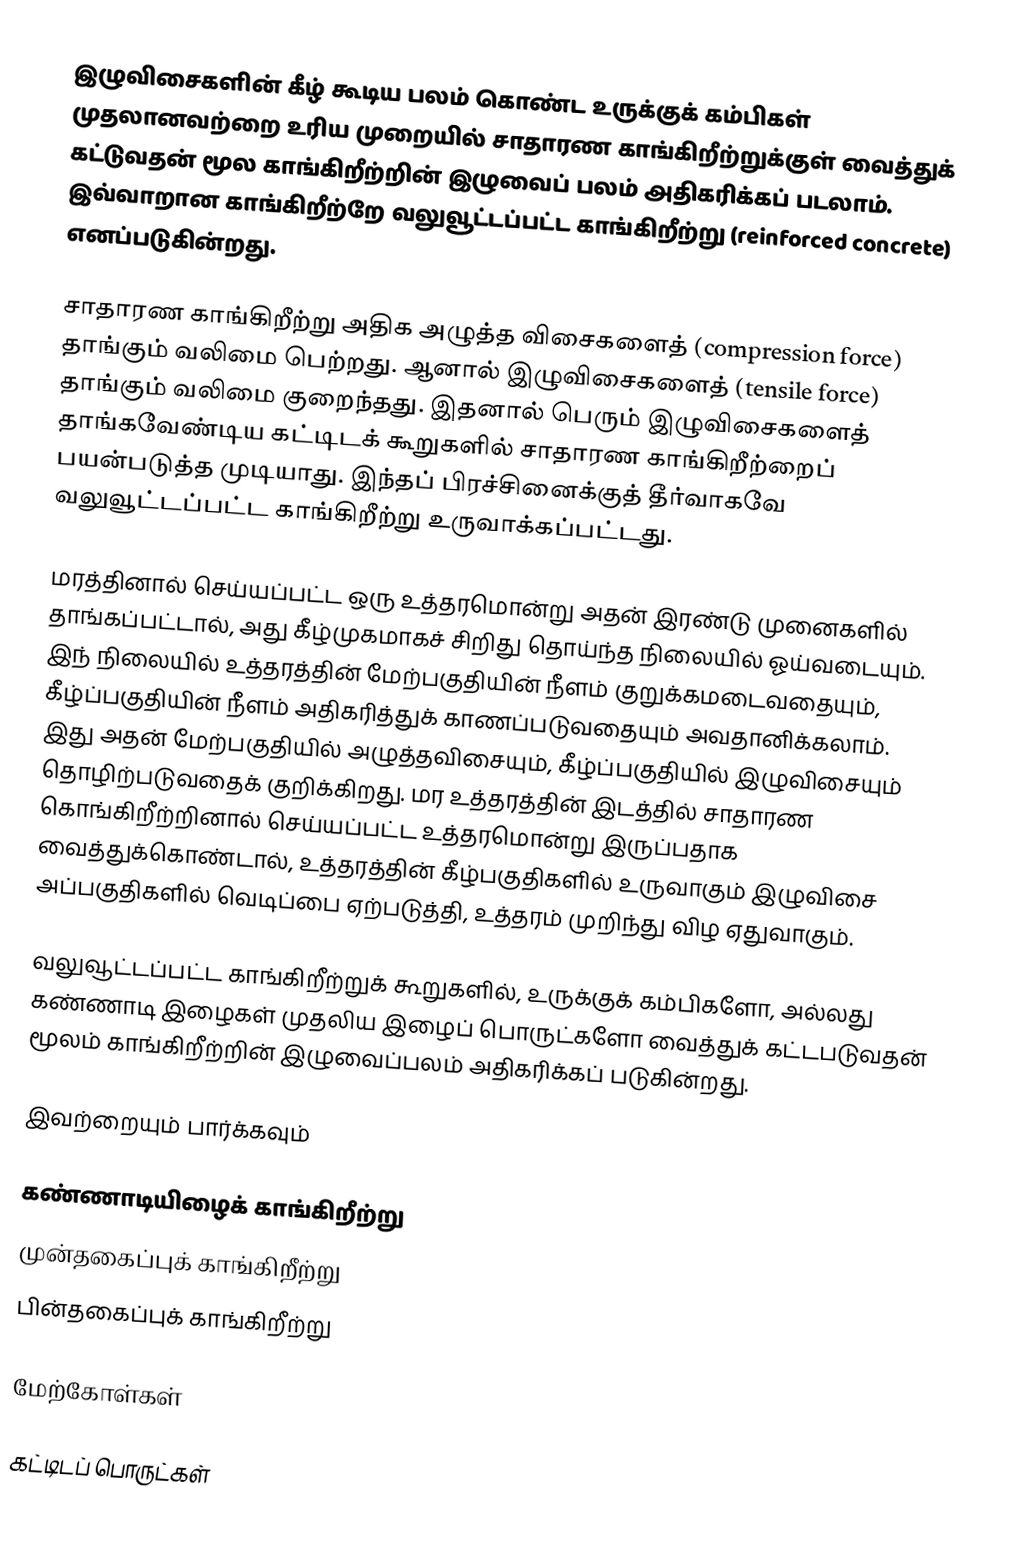
இழுவிசைகளின் கீழ் கூடிய பலம் கொண்ட உருக்குக் கம்பிகள் முதலானவற்றை உரிய முறையில் சாதாரண காங்கிறீற்றுக்குள் வைத்துக் கட்டுவதன் மூல காங்கிறீற்றின் இழுவைப் பலம் அதிகரிக்கப் படலாம். இவ்வாறான காங்கிறீற்றே வலுவூட்டப்பட்ட காங்கிறீற்று (reinforced concrete) எனப்படுகின்றது.

சாதாரண காங்கிறீற்று அதிக அழுத்த விசைகளைத் (compression force) தாங்கும் வலிமை பெற்றது. ஆனால் இழுவிசைகளைத் (tensile force) தாங்கும் வலிமை குறைந்தது. இதனால் பெரும் இழுவிசைகளைத் தாங்கவேண்டிய கட்டிடக் கூறுகளில் சாதாரண காங்கிறீற்றைப் பயன்படுத்த முடியாது. இந்தப் பிரச்சினைக்குத் தீர்வாகவே வலுவூட்டப்பட்ட காங்கிறீற்று உருவாக்கப்பட்டது.

மரத்தினால் செய்யப்பட்ட ஒரு உத்தரமொன்று அதன் இரண்டு முனைகளில் தாங்கப்பட்டால், அது கீழ்முகமாகச் சிறிது தொய்ந்த நிலையில் ஓய்வடையும். இந் நிலையில் உத்தரத்தின் மேற்பகுதியின் நீளம் குறுக்கமடைவதையும், கீழ்ப்பகுதியின் நீளம் அதிகரித்துக் காணப்படுவதையும் அவதானிக்கலாம். இது அதன் மேற்பகுதியில் அழுத்தவிசையும், கீழ்ப்பகுதியில் இழுவிசையும் தொழிற்படுவதைக் குறிக்கிறது. மர உத்தரத்தின் இடத்தில் சாதாரண கொங்கிறீற்றினால் செய்யப்பட்ட உத்தரமொன்று இருப்பதாக வைத்துக்கொண்டால், உத்தரத்தின் கீழ்பகுதிகளில் உருவாகும் இழுவிசை அப்பகுதிகளில் வெடிப்பை ஏற்படுத்தி, உத்தரம் முறிந்து விழ ஏதுவாகும்.

வலுவூட்டப்பட்ட காங்கிறீற்றுக் கூறுகளில், உருக்குக் கம்பிகளோ, அல்லது கண்ணாடி இழைகள் முதலிய இழைப் பொருட்களோ வைத்துக் கட்டபடுவதன் மூலம் காங்கிறீற்றின் இழுவைப்பலம் அதிகரிக்கப் படுகின்றது.

இவற்றையும் பார்க்கவும்

 கண்ணாடியிழைக் காங்கிறீற்று
 முன்தகைப்புக் காங்கிறீற்று
 பின்தகைப்புக் காங்கிறீற்று

மேற்கோள்கள்

கட்டிடப் பொருட்கள்